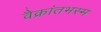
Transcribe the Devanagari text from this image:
वैक्रांतभस्म